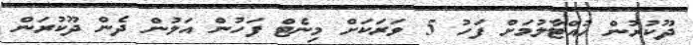
ދޫކުރުން ހުއްޓާލުމަށް ފަހު 5 ވަރަކަށް މިނެޓް ފަހުން އަލުން ދެން ދޫކުރަން